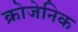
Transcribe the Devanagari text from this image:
क्रोजेनिक